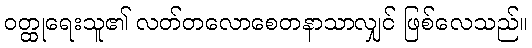
ဝတ္ထုရေးသူ၏ လတ်တလောစေတနာသာလျှင် ဖြစ်လေသည်။